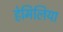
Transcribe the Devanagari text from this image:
हेमिलिया